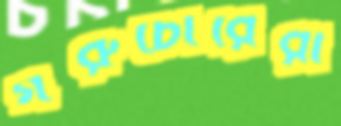
গরুচোরেরা